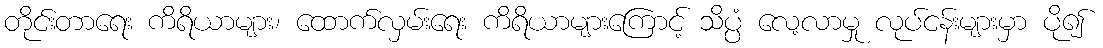
တိုင်းတာရေး ကိရိယာများ၊ ထောက်လှမ်းရေး ကိရိယာများကြောင့် သိပ္ပံ လေ့လာမှု လုပ်ငန်းများမှာ ပို၍